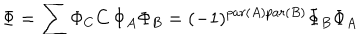
LaTeX: \Phi = \sum \Phi _ { C } C \, \Phi _ { A } \Phi _ { B } = ( - 1 ) ^ { p a r ( A ) p a r ( B ) } \Phi _ { B } \Phi _ { A }